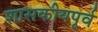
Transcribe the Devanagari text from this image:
शासकीयपूर्व